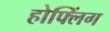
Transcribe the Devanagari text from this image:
होफ्लिंग